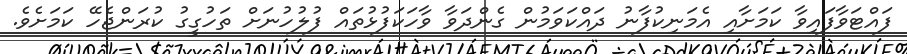
ފައްޓަވާފައިވާ ކަމަށާއި އެމަނިކުފާނު ދައްކަވަމުން ގެންދަވާ ވާހަކަފުޅުތައް ފުލުހުނަށް ތަހުގީގު ކުރަންޖެހޭ ކަމަށެވެ.